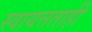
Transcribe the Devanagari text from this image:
स्वायत्तताही